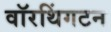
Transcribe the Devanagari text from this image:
वॉरथिंगटन